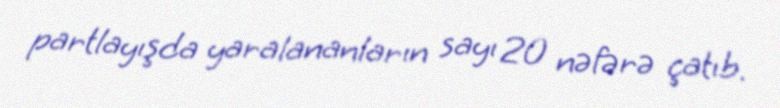
partlayışda yaralananların sayı 20 nəfərə çatıb.